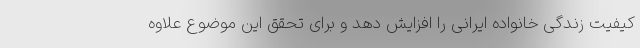
کیفیت زندگی خانواده ایرانی را افزایش دهد و برای تحقق این موضوع علاوه